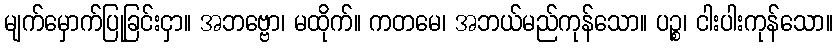
မျက်မှောက်ပြုခြင်းငှာ။ အဘဗ္ဗော၊ မထိုက်။ ကတမေ၊ အဘယ်မည်ကုန်သော။ ပဉ္စ၊ ငါးပါးကုန်သော။